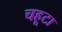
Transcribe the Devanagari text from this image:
चहूटा